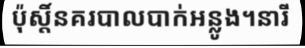
ប៉ុស្តិ៍នគរបាលបាក់អន្លូង។នារី